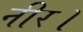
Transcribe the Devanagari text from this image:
नीर।